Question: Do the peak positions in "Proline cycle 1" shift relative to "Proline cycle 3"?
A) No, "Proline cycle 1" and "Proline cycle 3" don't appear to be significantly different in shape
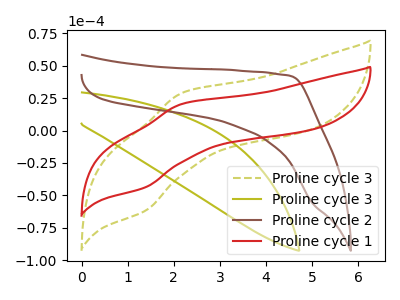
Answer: <think>The olive dashed curve "Proline cycle 3" has an anodic peak at (2.20V, 29.10uA) and a cathodic peak at (1.40V, -61.75uA). The olive curve "Proline cycle 3" has no peaks. The brown curve "Proline cycle 2" has no peaks. The red curve "Proline cycle 1" has an anodic peak at (2.20V, 20.60uA) and a cathodic peak at (1.40V, -43.75uA).
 All the peaks in "Proline cycle 1" have a peak in "Proline cycle 3" at the same potential. Every peak in "Proline cycle 1" is lower than every peak in "Proline cycle 3".</think>
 <answer>A) No, "Proline cycle 1" and "Proline cycle 3" don't appear to be significantly different in shape</answer>
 <eval>A</eval>